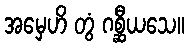
အမှေဟိ တွံ ဂစ္ဆီယသေ။